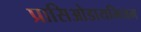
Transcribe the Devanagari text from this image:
प्रासिओडायमियम